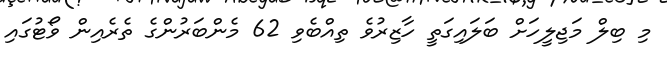
މި ބިލް މަޖިލީހަށް ބަލައިގަތީ ހާޒިރުވެ ތިއްބެވި 62 މެންބަރުންގެ ތެރެއިން ވޯޓުގައި